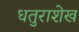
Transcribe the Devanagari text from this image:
धतुराशेख